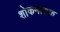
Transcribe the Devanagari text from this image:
शोकनाशक